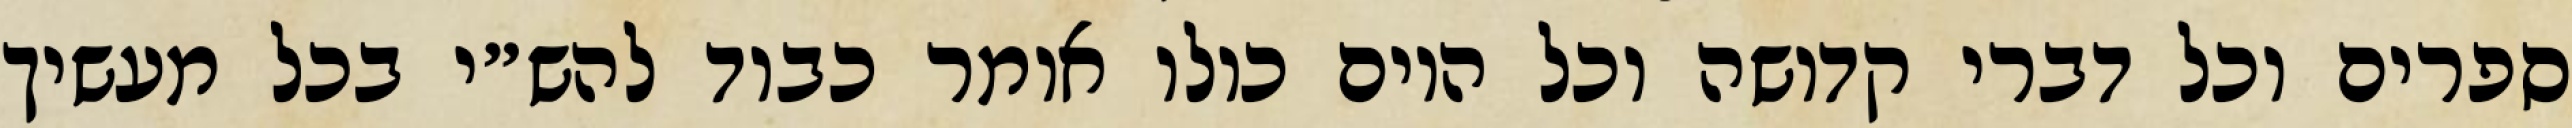
ספרים וכל דברי קדושה וכל היום כולו אומר כבוד להש״י בכל מעשיך